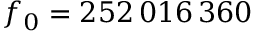
f _ { 0 } = 2 5 2 \, 0 1 6 \, 3 6 0